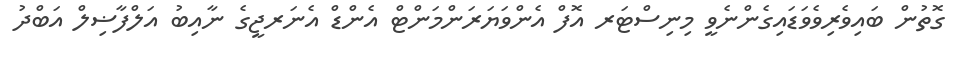
ގޮތުން ބައިވެރިވެވަޑައިގެންނެވީ މިނިސްޓަރ އޮފް އެންވަޔަރަންމަންޓް އެންޑް އެނަރޖީގެ ނާއިބު އަލްފާޟިލް އަބްދު